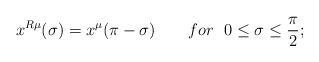
LaTeX: \begin{align*}x^{R\mu}(\sigma)=x^{\mu}(\pi-\sigma)~~~~~~for~~0\leq\sigma\leq \frac{\pi}{2};\end{align*}